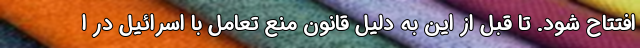
افتتاح شود. تا قبل از این به دلیل قانون منع تعامل با اسرائیل در ا